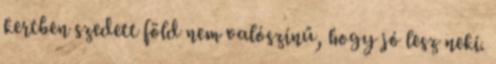
kertben szedett föld nem valószínű, hogy jó lesz neki.